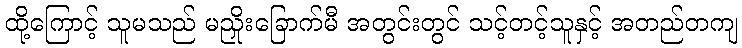
ထို့ကြောင့် သူမသည် မညှိုးခြောက်မီ အတွင်းတွင် သင့်တင့်သူနှင့် အတည်တကျ